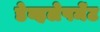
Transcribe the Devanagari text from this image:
डेव्हलेपमेंट